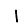
Digit: 1